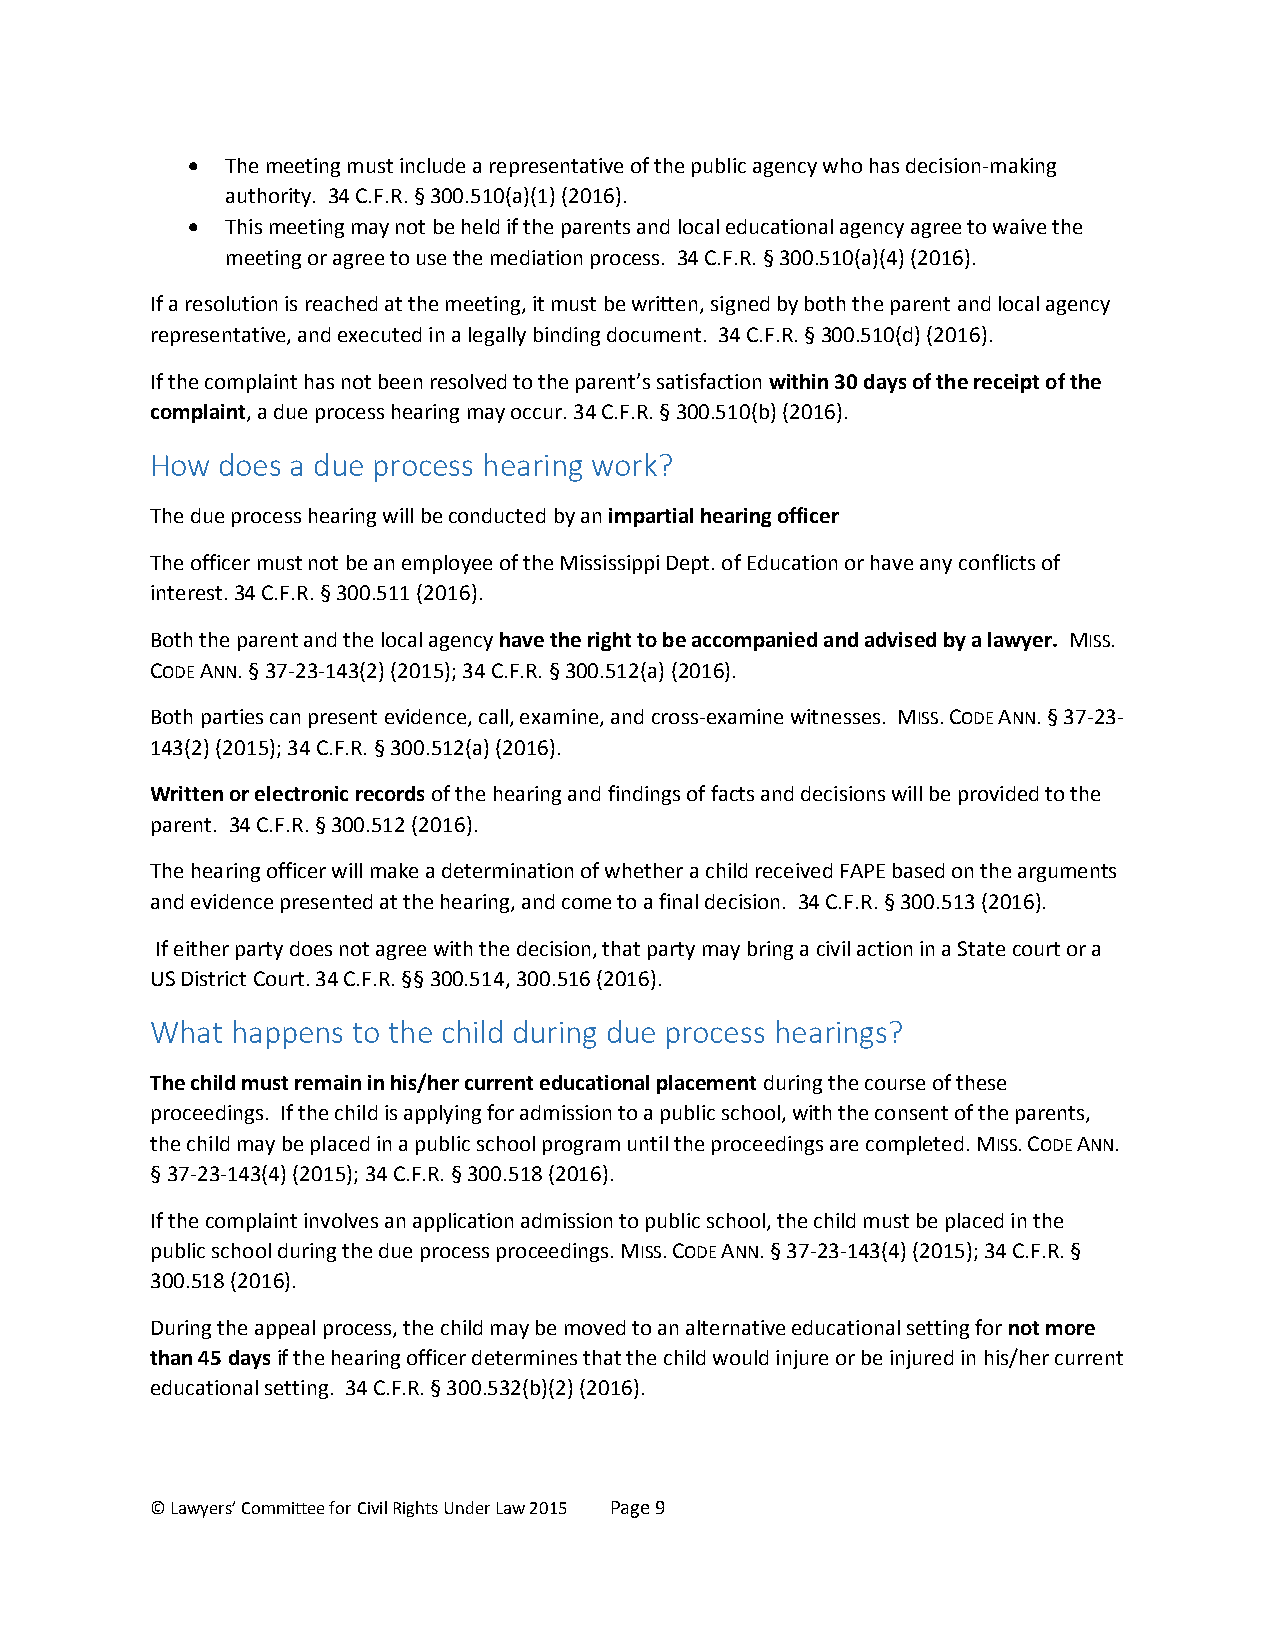
  The meeting must include a representative of the public agency who has decision-making
 authority. 34 C.F.R. § 300.510(a)(1) (2016).
   This meeting may not be held if the parents and local educational agency agree to waive the
 meeting or agree to use the mediation process. 34 C.F.R. § 300.510(a)(4) (2016).
 If a resolution is reached at the meeting, it must be written, signed by both the parent and local agency
 representative, and executed in a legally binding document. 34 C.F.R. § 300.510(d) (2016).
 If the complaint has not been resolved to the parent’s satisfaction within 30 days of the receipt of the
 complaint, a due process hearing may occur. 34 C.F.R. § 300.510(b) (2016).
 How does a due process hearing work?
 The due process hearing will be conducted by an impartial hearing officer
 The officer must not be an employee of the Mississippi Dept. of Education or have any conflicts of
 interest. 34 C.F.R. § 300.511 (2016).
 Both the parent and the local agency have the right to be accompanied and advised by a lawyer. MISS.
 CODE ANN. § 37-23-143(2) (2015); 34 C.F.R. § 300.512(a) (2016).
 Both parties can present evidence, call, examine, and cross-examine witnesses. MISS. CODE ANN. § 37-23-
 143(2) (2015); 34 C.F.R. § 300.512(a) (2016).
 Written or electronic records of the hearing and findings of facts and decisions will be provided to the
 parent. 34 C.F.R. § 300.512 (2016).
 The hearing officer will make a determination of whether a child received FAPE based on the arguments
 and evidence presented at the hearing, and come to a final decision. 34 C.F.R. § 300.513 (2016).
 If either party does not agree with the decision, that party may bring a civil action in a State court or a
 US District Court. 34 C.F.R. §§ 300.514, 300.516 (2016).
 What happens to the child during due process hearings?
 The child must remain in his/her current educational placement during the course of these
 proceedings. If the child is applying for admission to a public school, with the consent of the parents,
 the child may be placed in a public school program until the proceedings are completed. MISS. CODE ANN.
 § 37-23-143(4) (2015); 34 C.F.R. § 300.518 (2016).
 If the complaint involves an application admission to public school, the child must be placed in the
 public school during the due process proceedings. MISS. CODE ANN. § 37-23-143(4) (2015); 34 C.F.R. §
 300.518 (2016).
 During the appeal process, the child may be moved to an alternative educational setting for not more
 than 45 days if the hearing officer determines that the child would injure or be injured in his/her current
 educational setting. 34 C.F.R. § 300.532(b)(2) (2016).
 © Lawyers’ Committee for Civil Rights Under Law 2015 Page 9